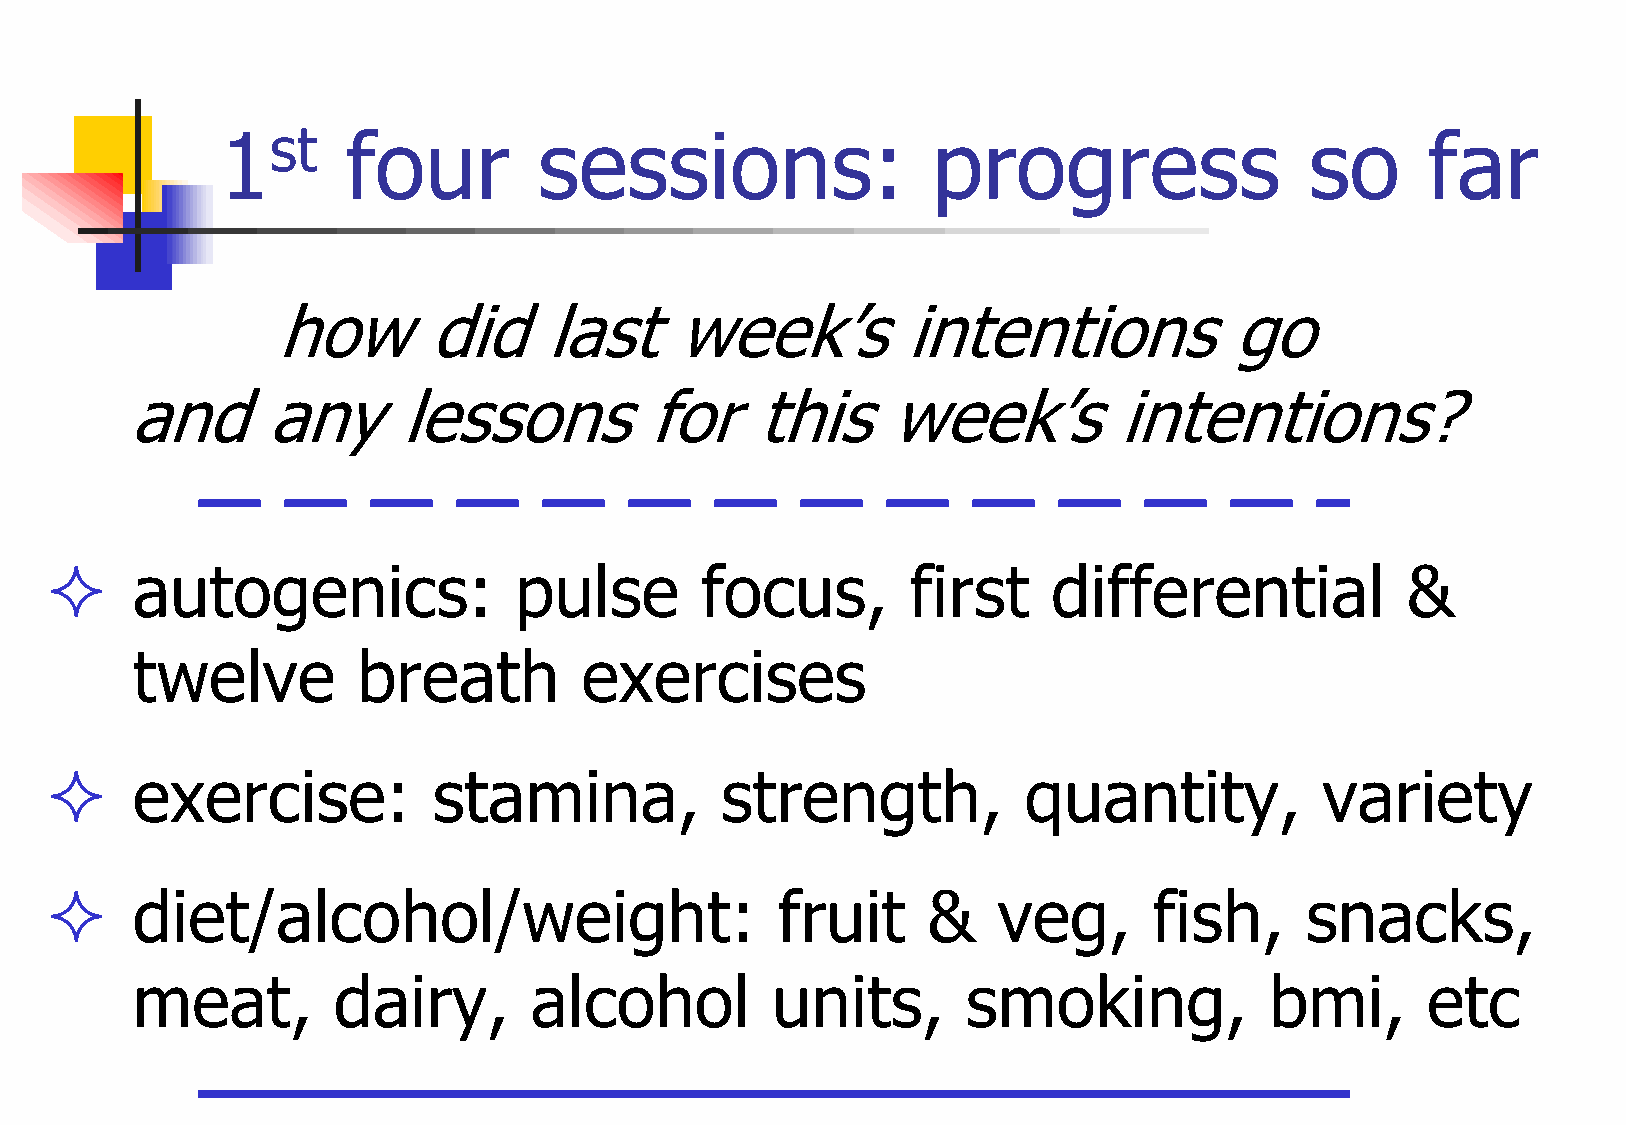
1st     four         sessions:                 progress                 so     far
 how       did     last     week‟s         intentions           go
 and       any     lessons          for    this     week‟s         intentions?
      autogenics:              pulse       focus,        first     differential           &
 twelve         breath        exercises
      exercise:           stamina,           strength,           quantity,          variety
      diet/alcohol/weight:                      fruit     &    veg,      fish,     snacks,
 meat,        dairy,       alcohol         units,       smoking,            bmi,      etc